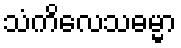
သံကိလေသဓမ္မာ